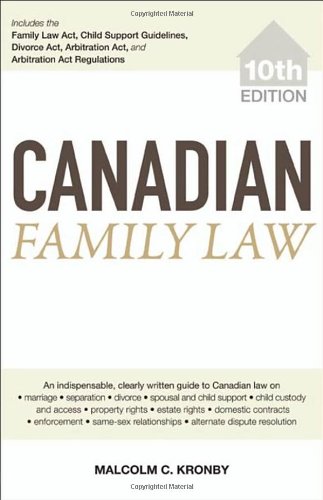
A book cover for Canadian Family Law; Malcolm C. Kronby; Law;